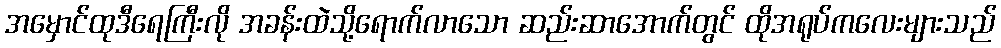
အမှောင်ထုဒီရေကြီးလို အခန်းထဲသို့ရောက်လာသော ဆည်းဆာအောက်တွင် ထိုအရုပ်ကလေးများသည်